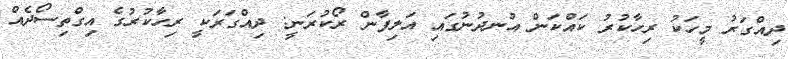
ދިއްގަރު މީހަކު ރިހާކުރު ކައްކަން އުނދުނުގައި އަލިފާން ރޯކުރަނީ: ދިއްގަރަކީ ރިހާކުރުގެ އިގްތިސޯދެއް